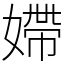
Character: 𡠹